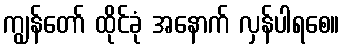
ကျွန်တော် ထိုင်ခုံ အနောက် လှန်ပါရစေ။